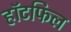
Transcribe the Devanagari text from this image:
हॉटफिल